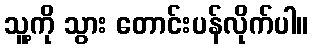
သူ့ကို သွား တောင်းပန်လိုက်ပါ။